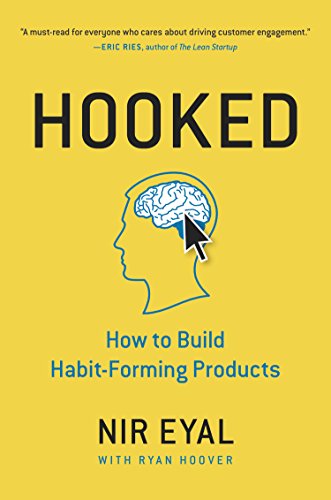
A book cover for Hooked: How to Build Habit-Forming Products; Nir Eyal; Arts & Photography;